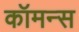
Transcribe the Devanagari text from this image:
कॉमन्‍स